Mental hospitals Bombay report 1921-28 - 1921-1928
Year: 1921
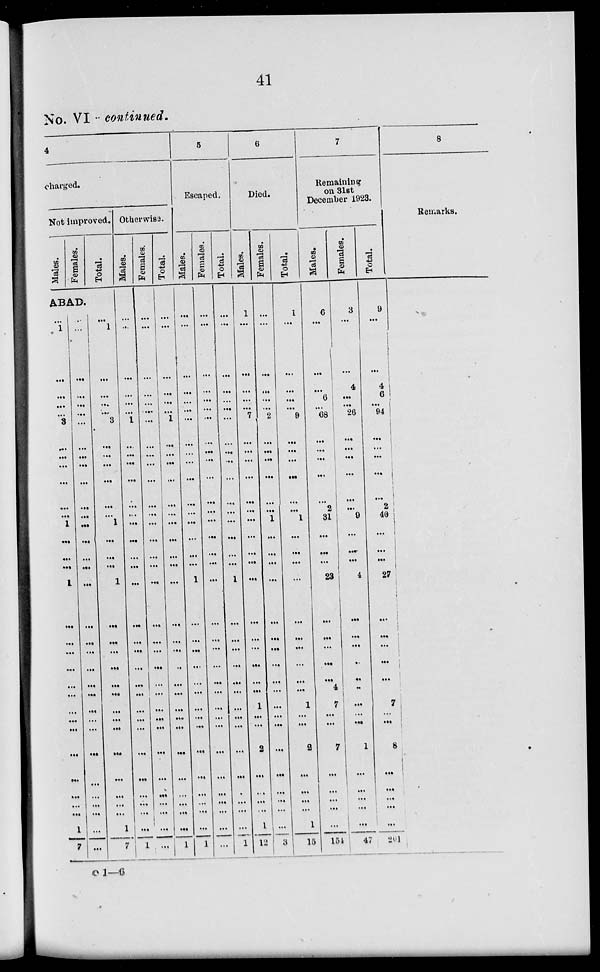
41
No. VI continued.
4
charged.
Not improved.
Males.
Females.
Total.
ABAD.
...
1
...
...
...
...
3
...
...
...
...
...
...
1
...
...
...
1
...
...
...
...
...
...
...
...
...
...
...
...
...
...
1
7
...
...
...
...
...
...
...
...
...
...
...
...
...
...
...
...
...
...
...
...
...
...
...
...
...
...
...
...
...
...
...
...
...
...
1
...
...
...
...
3
...
...
...
...
...
1 ...
...
...
...
1
...
...
...
...
...
...
...
...
...
...
....
...
...
...
1
7
Otherwise.
Males.
...
...
...
...
...
... 1
...
...
...
...
...
...
...
...
...
...
...
...
...
...
...
...
...
...
...
...
...
...
...
...
...
...
1
Females.
...
...
...
...
...
...
...
...
...
...
...
...
...
...
...
...
...
...
...
...
...
...
...
...
...
...
...
...
...
...
...
...
...
...
Total.
...
...
...
...
...
...
1
...
...
...
...
...
...
...
...
...
...
...
...
...
...
...
...
...
...
...
...
...
...
...
...
...
...
1
5
Escaped.
Males.
...
...
...
...
...
...
...
...
...
...
...
...
...
...
...
...
1
...
...
...
...
...
...
...
...
...
...
...
...
...
...
...
1
Females.
...
...
...
...
...
...
...
...
...
...
...
...
...
...
...
...
...
...
...
...
...
...
...
...
...
...
...
...
...
...
...
...
...
...
Total.
...
...
...
...
...
...
...
...
...
...
...
...
...
...
...
...
...
1
...
...
...
...
...
...
...
...
...
...
...
...
...
...
...
1
6
Died.
Males.
1
...
...
...
...
...
7
...
...
...
...
...
...
...
...
...
...
...
...
...
...
...
...
...
1
...
...
2
...
...
...
...
1
12
Females.
...
...
...
...
...
...
2
...
...
...
...
...
...
1
...
...
...
...
...
...
...
...
...
...
...
...
...
...
...
...
...
...
...
3
Total.
1
...
...
...
...
...
9
...
...
...
...
...
...
1
...
...
....
...
...
...
...
...
...
...
1
...
...
2
...
...
...
...
1
15
7
Remaining
on 31st
December 1923.
Males.
6
...
...
...
6
...
68
...
...
...
...
...
2
31
...
...
...
23
...
...
...
...
...
4
7
...
...
7
...
...
...
...
...
154
Females.
3
...
...
4
...
...
26
...
...
...
...
...
... 9
...
...
...
4
...
...
...
...
...
...
...
...
...
1
...
...
...
...
...
47
Total.
9
...
...
4
6
...
94
...
...
...
...
...
2
40
...
...
...
27
...
...
...
...
...
4
7
...
...
8
...
...
...
...
...
201
8
Remarks.
o 1—6